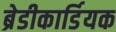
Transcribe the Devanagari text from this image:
ब्रेडीकार्डियक